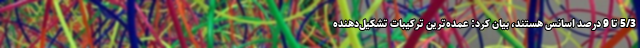
5/3 تا 9 درصد اسانس هستند، بیان کرد: عمده‌ترین ترکیبات تشکیل‌دهنده